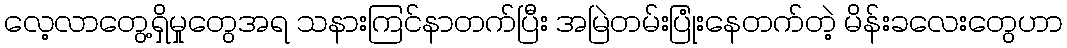
လေ့လာတွေ့ရှိမှုတွေအရ သနားကြင်နာတက်ပြီး အမြဲတမ်းပြုံးနေတက်တဲ့ မိန်းခလေးတွေဟာ